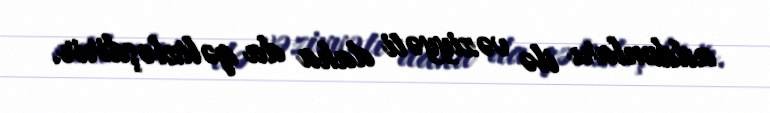
addımları ilə vəziyyəti daha da qəlizləşdirir.